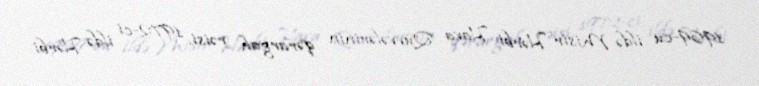
1969-cu ildə Misir Hərbi Hava Qüvvələrinin qərargah rəisi, 1972-ci ildə Hərbi